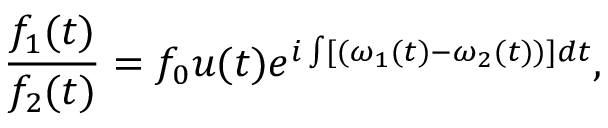
\frac { f _ { 1 } ( t ) } { f _ { 2 } ( t ) } = f _ { 0 } u ( t ) e ^ { i \int [ ( \omega _ { 1 } ( t ) - \omega _ { 2 } ( t ) ) ] d t } ,